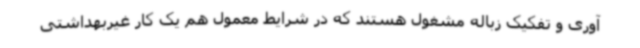
آوری و تفکیک زباله مشغول هستند که در شرایط معمول هم یک کار غیربهداشتی